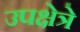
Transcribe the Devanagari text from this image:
उपक्षेत्रे